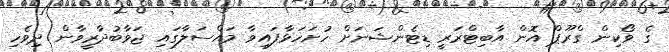
ގެ ވޯކިން ގްރޫޕް އޮން އާބިޓްރަރީ ޑިޓެންޝަނަށް ހުށަހަޅާފައިވާ މައްސަލާގައި ޖަވާބުދާރީވާން ދިވެހި